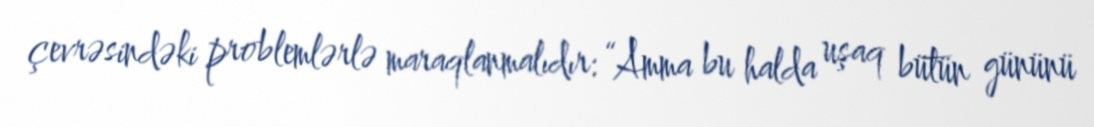
çevrəsindəki problemlərlə maraqlanmalıdır: “Amma bu halda uşaq bütün gününü